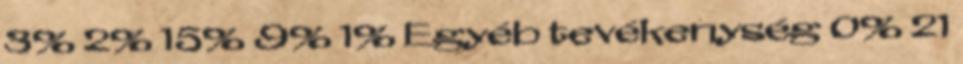
3% 2% 15% 9% 1% Egyéb tevékenység 0% 21